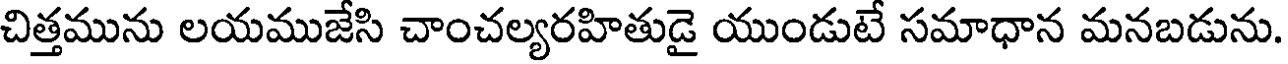
చిత్తమును లయముజేసి చాంచల్యరహితుడై యుండుటే సమాధాన మనబడును